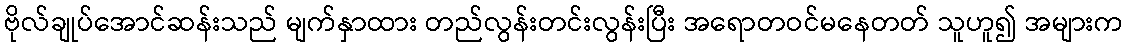
ဗိုလ်ချုပ်အောင်ဆန်းသည် မျက်နှာထား တည်လွန်းတင်းလွန်းပြီး အရောတဝင်မနေတတ် သူဟူ၍ အများက